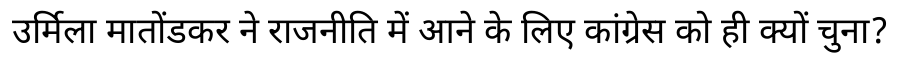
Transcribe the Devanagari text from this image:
उर्मिला मातोंडकर ने राजनीति में आने के लिए कांग्रेस को ही क्यों चुना?